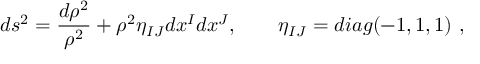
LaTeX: d s ^ { 2 } = \frac { d \rho ^ { 2 } } { \rho ^ { 2 } } + \rho ^ { 2 } \eta _ { I J } d x ^ { I } d x ^ { J } , \qquad \eta _ { I J } = d i a g ( - 1 , 1 , 1 ) \ ,